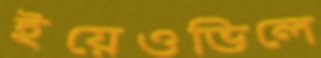
ইয়েওভিলে